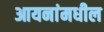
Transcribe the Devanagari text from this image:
आयनांमधील